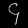
Digit: ၄